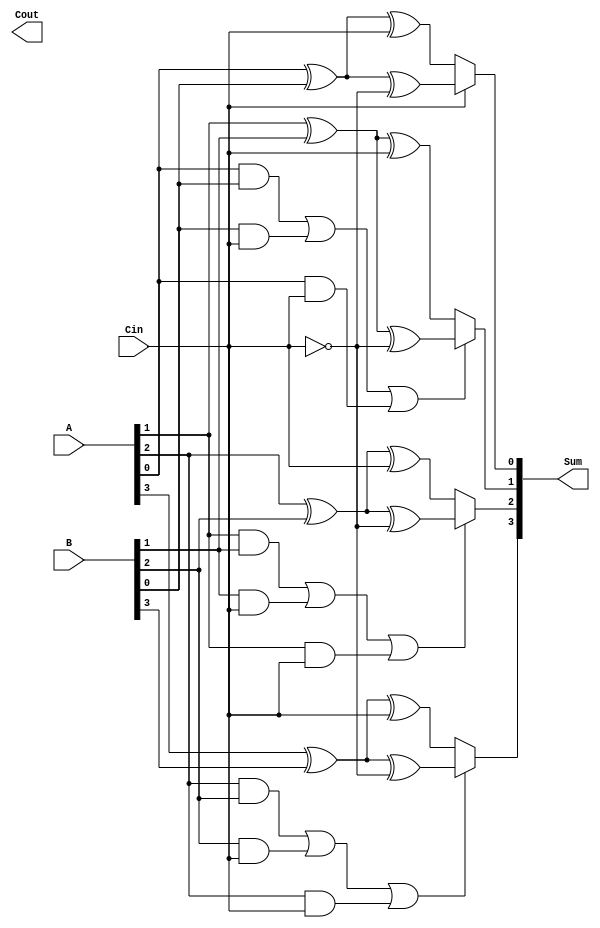
module ConditionalSumAdder #(parameter N = 4) (
    input [N-1:0] A,      // First n-bit input
    input [N-1:0] B,      // Second n-bit input
    input Cin,            // Carry-in
    output [N-1:0] Sum,   // n-bit Sum output
    output Cout           // Carry-out
);

    // Internal wires for partial sums and carries
    wire [N-1:0] S0;      // Partial sums when Cin = 0
    wire [N-1:0] S1;      // Partial sums when Cin = 1
    wire [N-1:0] C0;      // Carry out for Cin = 0
    wire [N-1:0] C1;      // Carry out for Cin = 1
    wire [N-1:0] carry;   // Carry signals for MUX selection

    // Generate partial sums and carry outputs
    genvar i;
    generate
        for (i = 0; i < N; i = i + 1) begin : CSA
            // Compute Partial Sums
            assign S0[i] = A[i] ^ B[i] ^ Cin;                  // S0 when Cin = 0
            assign S1[i] = A[i] ^ B[i] ^ (Cin ^ 1'b1);         // S1 when Cin = 1
            
            // Compute Carry Outputs
            assign C0[i] = (A[i] & B[i]) | (B[i] & Cin) | (A[i] & Cin); // Carry out when Cin = 0
            assign C1[i] = C0[i]; // Carry out when Cin = 1
        end
    endgenerate

    // Carry select logic
    // The carry from each bit is used to select between S0 and S1
    wire [N-1:0] selected_sum;
    assign carry[0] = Cin; // Initial carry for the first bit

    generate
        for (i = 0; i < N; i = i + 1) begin : MUX
            // Select the appropriate sum based on the carry
            assign selected_sum[i] = (carry[i] == 1'b0) ? S0[i] : S1[i];
            
            // Compute the carry for the next bit
            if (i < N-1) begin
                assign carry[i+1] = (carry[i] == 1'b0) ? C0[i] : C1[i];
            end
        end
    endgenerate

    // Assign final outputs
    assign Sum = selected_sum;         // Final sum
    assign Cout = carry[N];            // Final carry-out

endmodule